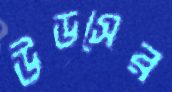
উডসের